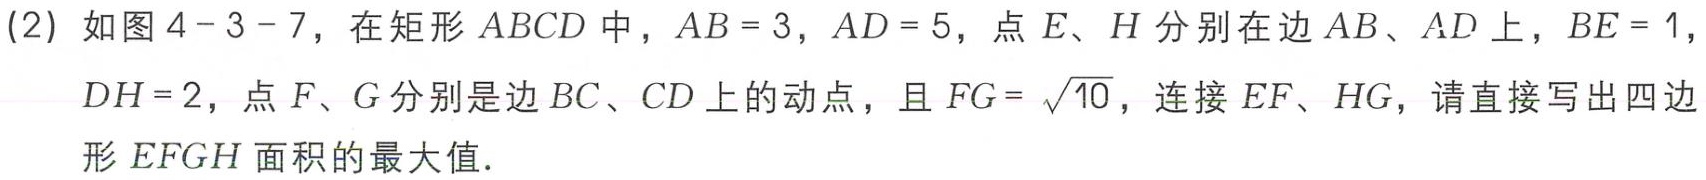
(2) 如图4 - 3 - 7，在矩形 \(ABCD\) 中，\(AB = 3\)，\(AD = 5\)，点 \(E、H\) 分别在边 \(AB、AD\) 上，\(BE = 1\)，\(DH = 2\)，点 \(F、G\) 分别是边 \(BC、CD\) 上的动点，且 \(FG=\sqrt{10}\)，连接 \(EF、HG\)，请直接写出四边形 \(EFGH\) 面积的最大值．